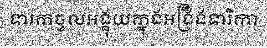
ទារកចូលអង្គុយក្នុងអង្រឹងទារិកា